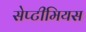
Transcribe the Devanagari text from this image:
सेप्टीमियस